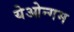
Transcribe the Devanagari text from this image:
येओन्गम